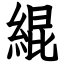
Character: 緄